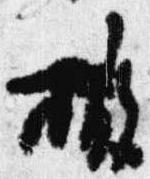
撤